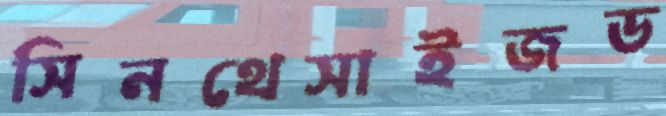
সিনথেসাইজড